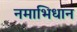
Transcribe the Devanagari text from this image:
नमाभिधान